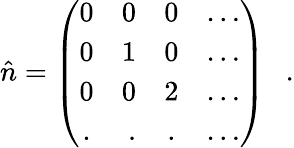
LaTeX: \hat{n}=\left(\begin{array}{crcl}{{0}}&{{0}}&{{0}}&{{\ldots}}\\ {{0}}&{{1}}&{{0}}&{{\ldots}}\\ {{0}}&{{0}}&{{2}}&{{\ldots}}\\ {{.}}&{{.}}&{{.}}&{{\ldots}}\end{array}\right)~~~.